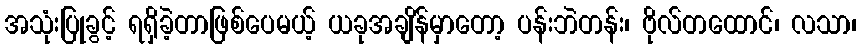
အသုံးပြုခွင့် ရရှိခဲ့တာဖြစ်ပေမယ့် ယခုအချိန်မှာတော့ ပန်းဘဲတန်း၊ ဗိုလ်တထောင်၊ လသာ၊